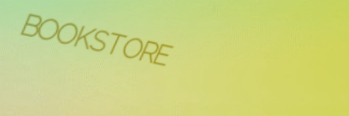
BOOKSTORE